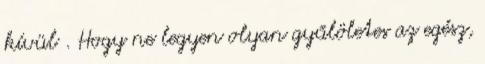
kívül . Hogy ne legyen olyan gyűlöletes az egész,